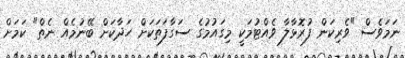
ނަމަވެސް "ވެރިކަން ފުރޮޅާލާ ވެއްޓުމަކީ މިގައުމުގެ ސަގާފަތަކަށް ހަދާކަށް ބޭނުމެއް ނެތް" ކަމަށް